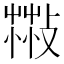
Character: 𦷻